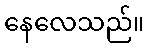
နေလေသည်။